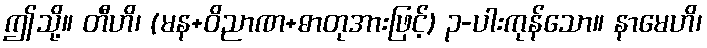
ဤသို့။ တီဟိ၊ (မန+ဝိညာဏ+ဓာတုအားဖြင့်) ၃-ပါးကုန်သော။ နာမေဟိ၊